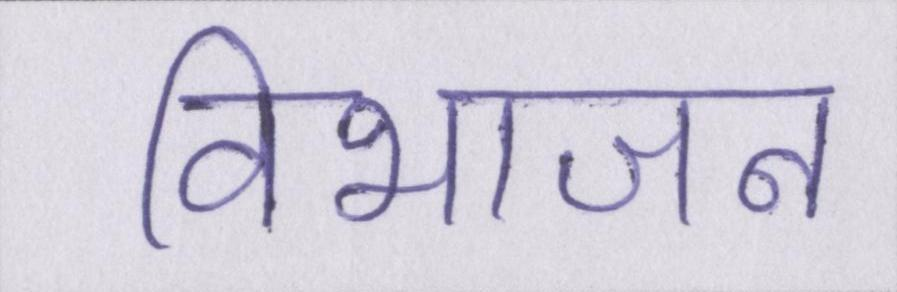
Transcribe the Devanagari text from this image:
विभाजन